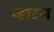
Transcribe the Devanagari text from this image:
व्हारण